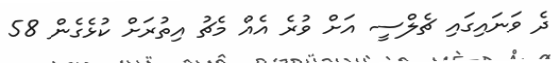
ދެ ވަނައިގައި ޗެލްސީ އަށް ވުރެ އެއް މެޗު އިތުރަށް ކުޅެގެން 58